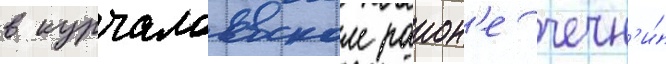
в курчалоевском раион'е чечн'и́